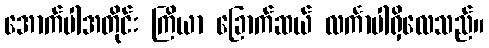
အောက်ပါအတိုင်း ကြိယာ ခြောက်ဆယ် လင်္ကာပါရှိလေသည်။